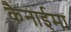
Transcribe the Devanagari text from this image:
कैनाईमा